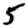
Digit: 5